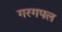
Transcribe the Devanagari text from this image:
गरगपल